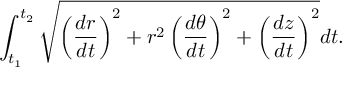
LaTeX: \int _ { t _ { 1 } } ^ { t _ { 2 } } { \sqrt { \left( { \frac { d r } { d t } } \right) ^ { 2 } + r ^ { 2 } \left( { \frac { d \theta } { d t } } \right) ^ { 2 } + \left( { \frac { d z } { d t } } \right) ^ { 2 } } } d t .